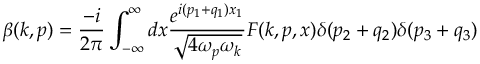
\beta ( k , p ) = \frac { - i } { 2 \pi } \int _ { - \infty } ^ { \infty } d x \frac { e ^ { i ( p _ { 1 } + q _ { 1 } ) x _ { 1 } } } { \sqrt { 4 \omega _ { p } \omega _ { k } } } F ( k , p , x ) \delta ( p _ { 2 } + q _ { 2 } ) \delta ( p _ { 3 } + q _ { 3 } )